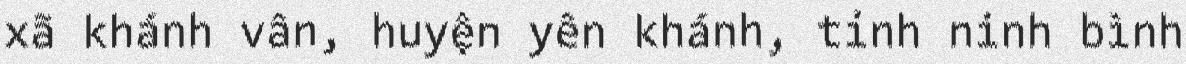
xã khánh vân, huyện yên khánh, tỉnh ninh bình